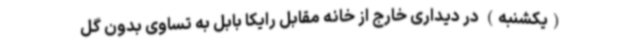
(یکشنبه) در دیداری خارج از خانه مقابل رایکا بابل به تساوی بدون گل